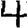
Digit: 4